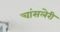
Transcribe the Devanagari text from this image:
चांसलेरी